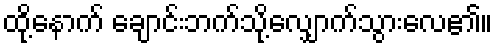
ထို့နောက် ချောင်းဘက်သို့လျှောက်သွားလေ၏။